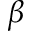
\beta